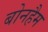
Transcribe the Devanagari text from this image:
बोनहैम